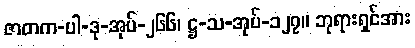
ဇာတက-ပါ-ဒု-အုပ်-၂၆၆၊ ဋ္ဌ-သ-အုပ်-၁၂၇။ ဘုရားရှင်အား